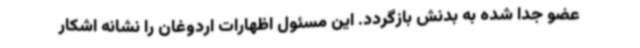
عضو جدا شده به بدنش بازگردد. این مسئول اظهارات اردوغان را نشانه اشکار